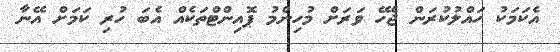
އެކަމަކު ހައްލުކުރަން ޖެހޭ ވަރަށް މުހިންމު ޕޮއިންޓްތަކެއް އެބަ ހުރި ކަމަށް އޭނާ